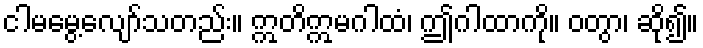
ငါမမွေ့လျော်သတည်း။ ဣတိဣမဂါထံ၊ ဤဂါထာကို။ ဝတွာ၊ ဆို၍။